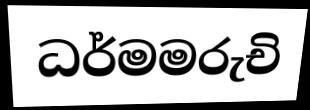
ධර්මමරුචි